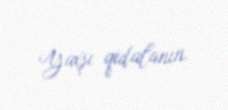
Yaxşı qidalanın.